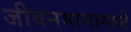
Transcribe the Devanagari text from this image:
जीवनमानामध्ये